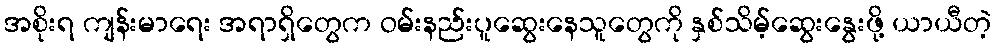
အစိုးရ ကျန်းမာရေး အရာရှိတွေက ဝမ်းနည်းပူဆွေးနေသူတွေကို နှစ်သိမ့်ဆွေးနွေးဖို့ ယာယီတဲ့